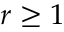
r \ge 1